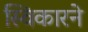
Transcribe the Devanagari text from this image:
स्विकारने